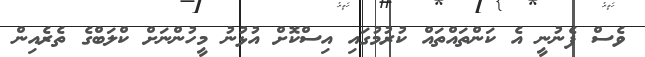
ވެސް ފެނުނީ އެ ކަންތައްތައް ކުރުމުގައި އިސްކޮށް އުޅުނު މީހުންނަށް ކްލަބްގެ ތެރެއިން